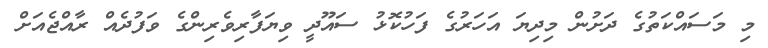
މި މަސައްކަތުގެ ދަށުން މިދިޔަ އަހަރުގެ ފަހުކޮޅު ސައޫދީ ވިޔަފާރިވެރިންގެ ވަފުދެއް ރާއްޖެއަށް